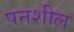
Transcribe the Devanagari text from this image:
पनशील